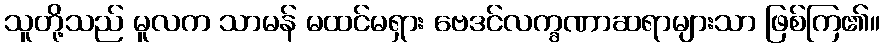
သူတို့သည် မူလက သာမန် မထင်မရှား ဗေဒင်လက္ခဏာဆရာများသာ ဖြစ်ကြ၏။